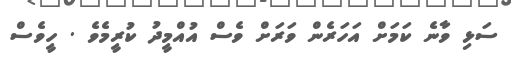
ސަޅި ވާނެ ކަމަށް އަހަރެން ވަރަށް ވެސް އުއްމީދު ކުރީމެވެ . ހީވެސް